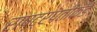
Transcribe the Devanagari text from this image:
राष्ट्रपतीकडे